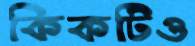
কিকটিও